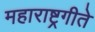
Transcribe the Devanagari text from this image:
महाराष्ट्रगीते